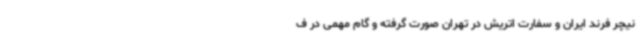
نیچر فرند ایران و سفارت اتریش در تهران صورت گرفته و گام مهمی در ف